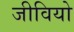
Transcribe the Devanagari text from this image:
जीवियो